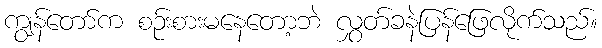
ကျွန်တော်က စဉ်းစားမနေတော့ဘဲ လွှတ်ခနဲပြန်ဖြေလိုက်သည်။